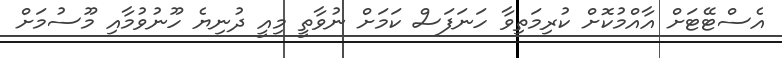
އެސްޓޭޓަށް އާއްމުކޮށް ކުރިމަތިވާ ހަނަފަސް ކަމަށް ނުވާތީ މިއީ ދުނިޔެ ހޫނުވުމާއި މޫސުމަށް